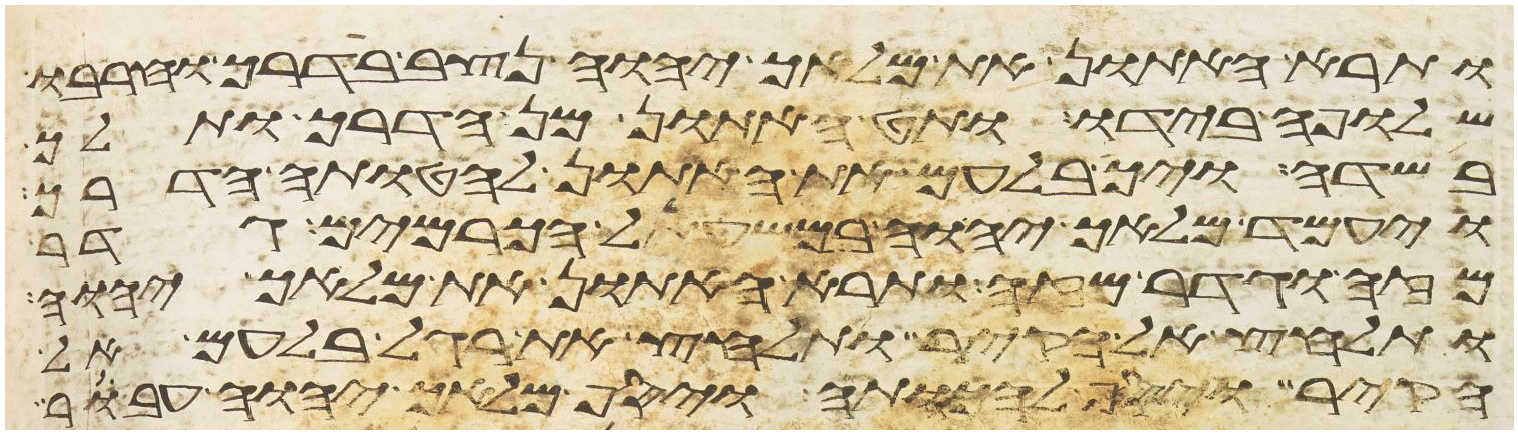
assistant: ותרא האתון את מלאך יהוה נצב בדרך וחרבו
שלופה בידו ותט האתון מן הדרך ותלך
בשדה ויך בלעם את האתון להטותה הדרך
ויעמד מלאך יהוה במשעל הכרמים גדר
מזה וגדר מזה ותרא האתון את מלאך יהוה
ותלחץ אל הקיר ותלחץ את רגל בלעם אל
הקיר ויסף להכותה ויסף מלאך יהוה עבר